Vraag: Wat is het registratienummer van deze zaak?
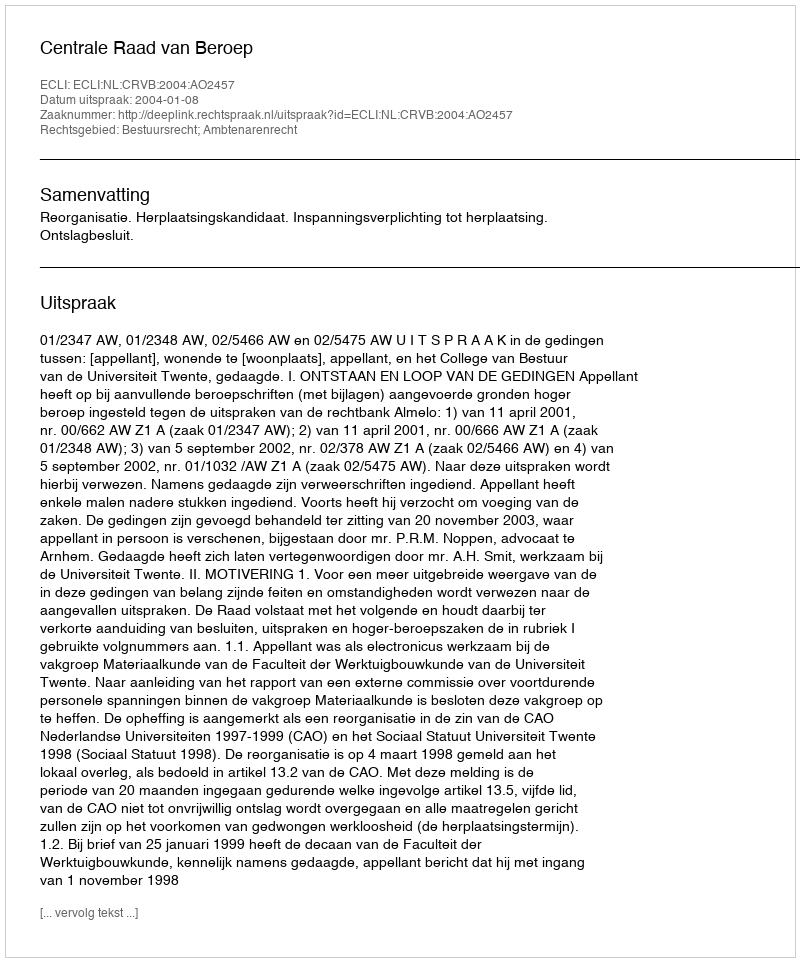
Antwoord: http://deeplink.rechtspraak.nl/uitspraak?id=ECLI:NL:CRVB:2004:AO2457